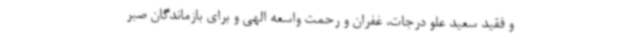
و فقید سعید علو درجات، غفران و رحمت واسعه الهی و برای بازماندگان صبر